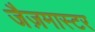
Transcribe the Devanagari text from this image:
जैज़मास्टर